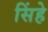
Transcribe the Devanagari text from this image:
सिंहे